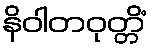
နိဝါတဝုတ္တိံ